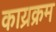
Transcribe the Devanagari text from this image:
काय्रक्रम